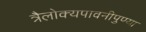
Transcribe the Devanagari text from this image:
त्रैलोक्यपावनीपुण्या